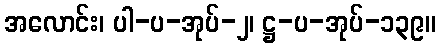
အလောင်း၊ ပါ-ပ-အုပ်-၂၊ ဋ္ဌ-ပ-အုပ်-၁၃၉။